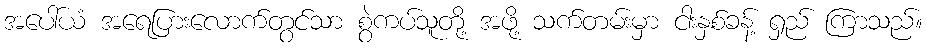
အပေါ်ယံ အရေပြားလောက်တွင်သာ စွဲကပ်သူတို့ အဖို့ သက်တမ်းမှာ ငါးနှစ်ခန့် ရှည် ကြာသည်။